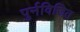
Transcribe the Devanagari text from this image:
पुर्नविजित